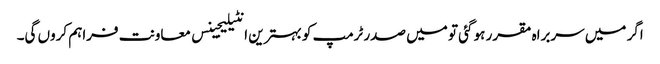
اگر میں سربراہ مقرر ہو گئی تو میں صدر ٹرمپ کو بہترین انٹیلیجینس معاونت فراہم کروں گی۔